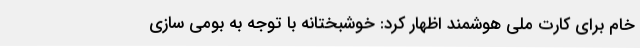
خام برای کارت ملی هوشمند اظهار کرد: خوشبختانه با توجه به بومی سازی